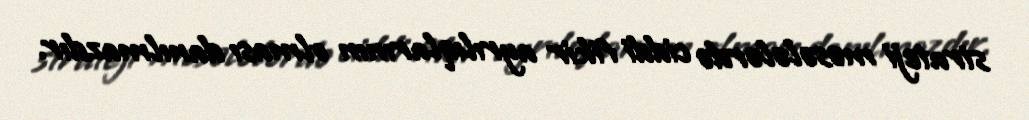
strateji məsələlərdə ciddi fikir ayrılıqlarının olması danılmazdır.